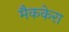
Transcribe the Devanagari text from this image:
मैककेरा